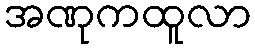
အဏုကထူလာ